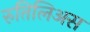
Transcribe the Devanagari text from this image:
रुतिलिअस